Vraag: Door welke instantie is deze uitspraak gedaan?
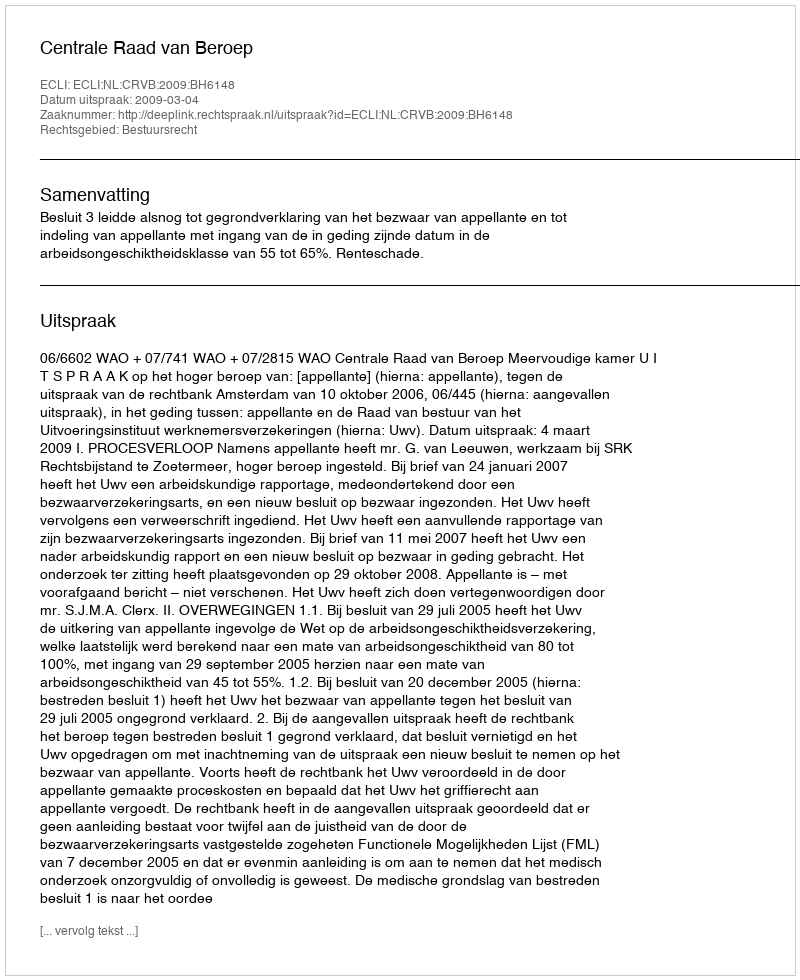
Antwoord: Centrale Raad van Beroep